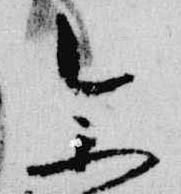
参